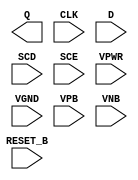
module sky130_fd_sc_ms__sdfrtp (
    Q      ,
    CLK    ,
    D      ,
    SCD    ,
    SCE    ,
    RESET_B,
    VPWR   ,
    VGND   ,
    VPB    ,
    VNB
);

    output Q      ;
    input  CLK    ;
    input  D      ;
    input  SCD    ;
    input  SCE    ;
    input  RESET_B;
    input  VPWR   ;
    input  VGND   ;
    input  VPB    ;
    input  VNB    ;
endmodule